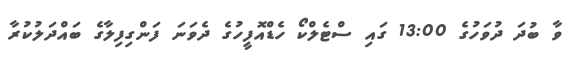
ވާ ބުދަ ދުވަހުގެ 13:00 ގައި ސްޓެލްކޯ ހެޑްއޮފީހުގެ ދެވަނަ ފަންގިފިލާގެ ބައްދަލުކުރާ